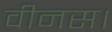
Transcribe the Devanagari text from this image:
वीनस।